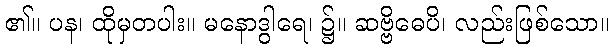
၏။ ပန၊ ထိုမှတပါး။ မနောဒွါရေ၊ ၌။ ဆဗ္ဗိဓေပိ၊ လည်းဖြစ်သော။